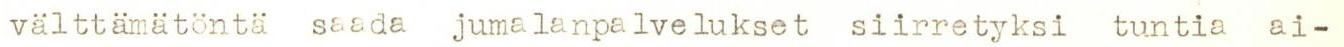
välttämätöntä saada jumalanpalvelukset siirretyksi tuntia ai-